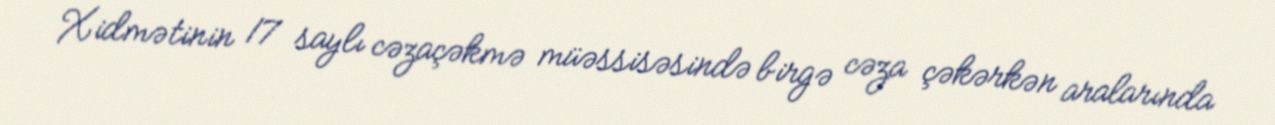
Xidmətinin 17 saylı cəzaçəkmə müəssisəsində birgə cəza çəkərkən aralarında